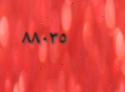
٨٨٠٣٥